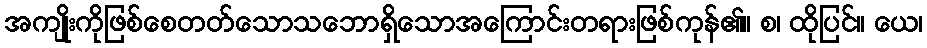
အကျိုးကိုဖြစ်စေတတ်သောသဘောရှိသောအကြောင်းတရားဖြစ်ကုန်၏။ စ၊ ထိုပြင်။ ယေ၊